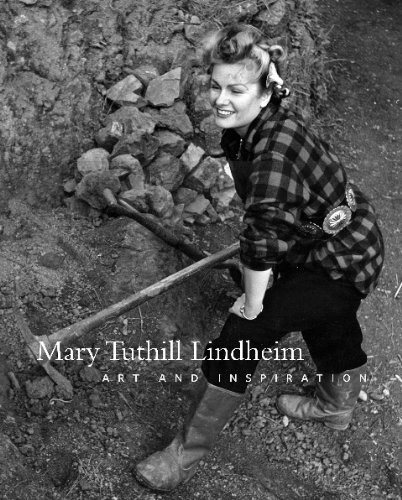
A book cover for Mary Tuthill Lindheim: Art and Inspiration; Abby Wasserman; Arts & Photography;